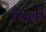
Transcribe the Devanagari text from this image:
यिबो